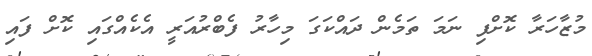
މުޒާހަރާ ކޮށްފި ނަމަ ތަމެން ދައްކަގަ މިހާރު ފެބްރުއަރީ އެކެއްގައި ކޮށް ފައި